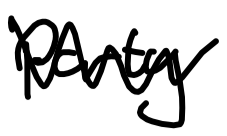
Text: party
Cross-out: zig-zag
Writing tool: digital_black